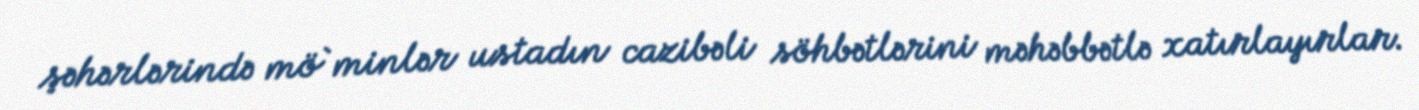
şəhərlərində mö`minlər ustadın cazibəli söhbətlərini məhəbbətlə xatırlayırlar.